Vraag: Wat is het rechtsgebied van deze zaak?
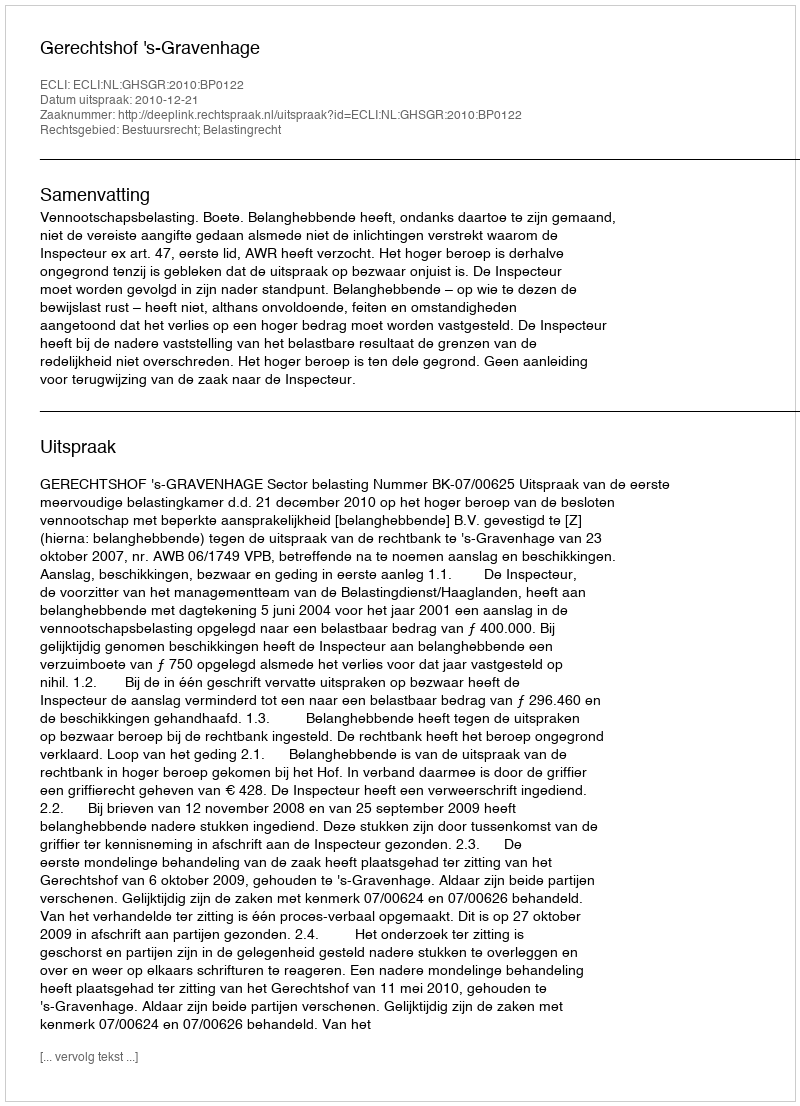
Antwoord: Bestuursrecht; Belastingrecht